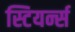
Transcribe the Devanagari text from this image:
स्टियर्न्स